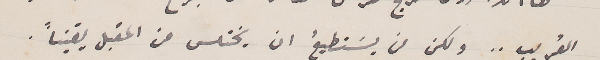
القريب.. ولكن من يستطيعُ ان يختلس من المقبل يقيناً.